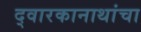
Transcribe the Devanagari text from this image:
द्वारकानाथांचा